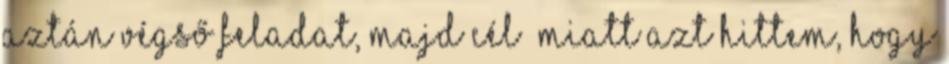
aztán végső feladat, majd cél” miatt azt hittem, hogy